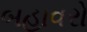
બહાવરો